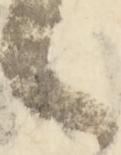
々